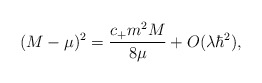
\begin{align*}(M-\mu)^2 = \frac{c_+ m^2 M}{8\mu} + O (\lambda\hbar^2),\end{align*}